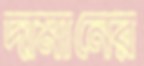
দামানের